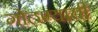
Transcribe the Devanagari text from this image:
गोठण्याची